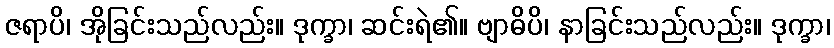
ဇရာပိ၊ အိုခြင်းသည်လည်း။ ဒုက္ခာ၊ ဆင်းရဲ၏။ ဗျာဓိပိ၊ နာခြင်းသည်လည်း။ ဒုက္ခာ၊